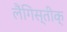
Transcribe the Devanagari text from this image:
लैंगिस्तीक्